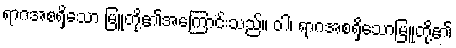
ရာဂအစရှိသော မြူတို့၏အကြောင်းသည်။ ဝါ၊ ရာဂအစရှိသောမြူတို့၏